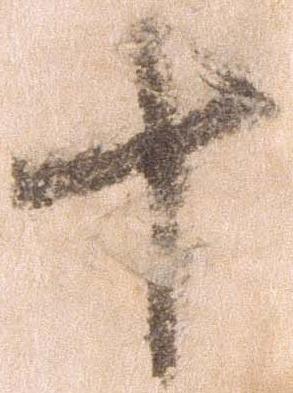
十